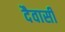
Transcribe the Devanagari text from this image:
दैवासी